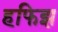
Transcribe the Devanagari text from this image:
हफिझ